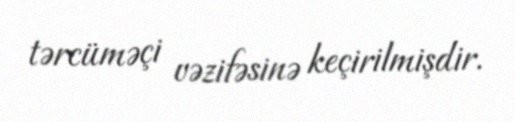
tərcüməçi vəzifəsinə keçirilmişdir.